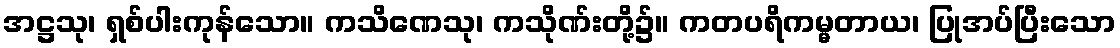
အဋ္ဌသု၊ ရှစ်ပါးကုန်သော။ ကသိဏေသု၊ ကသိုဏ်းတို့၌။ ကတပရိကမ္မတာယ၊ ပြုအပ်ပြီးသော